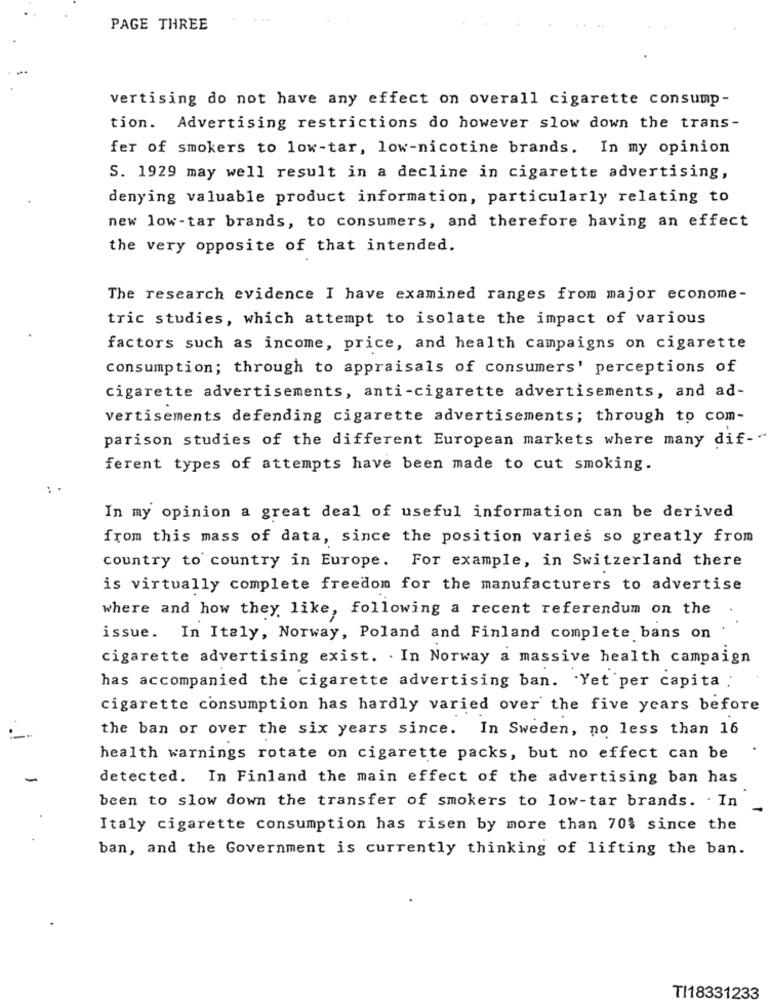
PAGE THREE
vertising do not have any effect on overall cigarette consump-
tion. Advertising restrictions do however slow down the trans-
fer of smokers to low-tar, low-nicotine brands. In my opinion
S. 1929 may well result in a decline in cigarette advertising,
denying valuable product information, particularly relating to
new low-tar brands, to consumers, and therefore having an effect
the very opposite of that intended.
The research evidence I have examined ranges from major econome-
tric studies, which attempt to isolate the impact of various
factors such as income, price, and health campaigns on cigarette
consumption; through to appraisals of consumers' perceptions of
cigarette advertisements, anti-cigarette advertisements, and ad-
vertisements defending cigarette advertisements; through to com-
parison studies of the different European markets where many dif-"
ferent types of attempts have been made to cut smoking.
In my opinion a great deal of useful information can be derived
from this mass of data, since the position varies so greatly from
country to country in Europe. For example, in Switzerland there
is virtually complete freedom for the manufacturers to advertise
where and how they like, following a recent referendum on the
issue. In Italy, Norway, Poland and Finland complete bans on
cigarette advertising exist. . In Norway a massive health campaign
has accompanied the cigarette advertising ban. Yet per capita :
cigarette consumption has hardly varied over the five years before
the ban or over the six years since. In Sweden, no less than 16
health warnings rotate on cigarette packs, but no effect can be
detected. In Finland the main effect of the advertising ban has
been to slow down the transfer of smokers to low-tar brands. . In
Italy cigarette consumption has risen by more than 70% since the
ban, and the Government is currently thinking of lifting the ban.
TI18331233